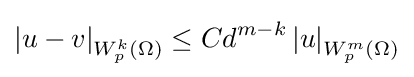
\left\vert u-v\right\vert _{W_{p}^{k}(\Omega )}\leq Cd^{m-k}\left\vert u\right\vert _{W_{p}^{m}(\Omega )}